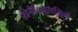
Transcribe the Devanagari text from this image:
फ़ीनीशियावासियों